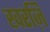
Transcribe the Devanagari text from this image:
खरज़ि